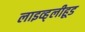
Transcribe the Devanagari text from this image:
लाइव्ह्‌लीहूड